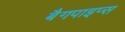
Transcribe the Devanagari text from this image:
बैगपाइप्स